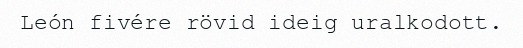
León fivére rövid ideig uralkodott.